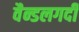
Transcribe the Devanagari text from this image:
वैन्डलगर्दी